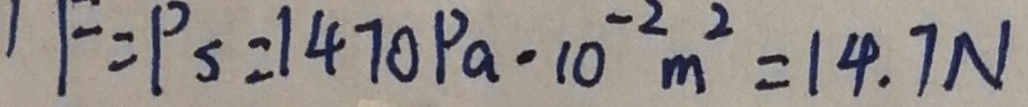
1 F = P s = 1 4 7 0 P a - 1 0 ^ { - 2 } m ^ { 2 } = 1 4 . 7 N